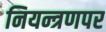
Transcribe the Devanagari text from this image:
नियन्त्रणपर